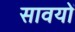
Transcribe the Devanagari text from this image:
सावयों